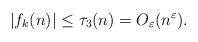
LaTeX: \begin{align*}|f_k(n)|\leq \tau_3(n)=O_{\varepsilon}(n^{\varepsilon}).\end{align*}